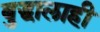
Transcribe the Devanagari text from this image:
बुद्धालाही